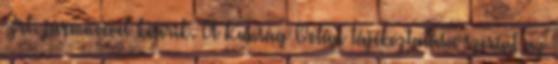
Zrt. járművével kísérik. A Kunság Volán tájékoztatása szerint az